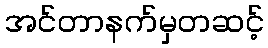
အင်တာနက်မှတဆင့်